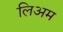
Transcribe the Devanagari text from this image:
लिअम